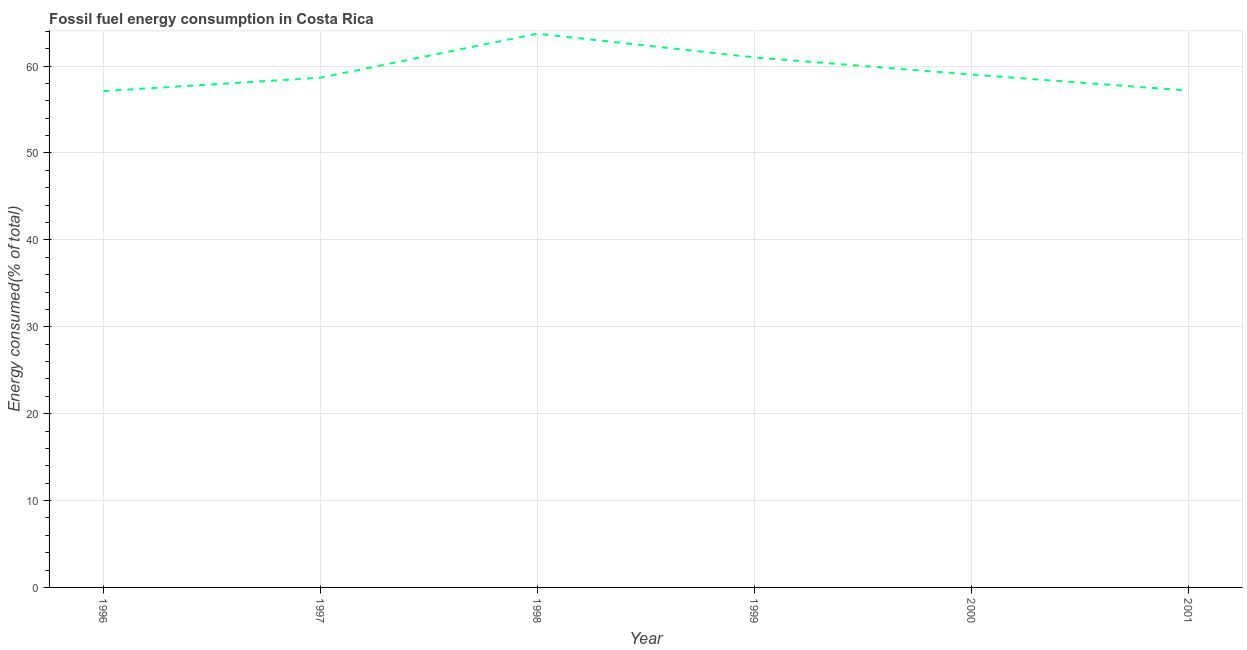
| Year | Fossil fuel energy consumption (% of total) |
 | --- | --- |
 | 1996 | 57.1 |
 | 1997 | 58.7 |
 | 1998 | 63.7 |
 | 1999 | 61 |
 | 2000 | 59 |
 | 2001 | 57.2 |